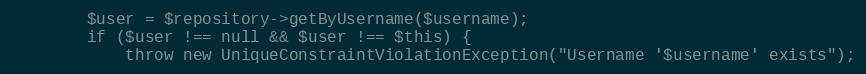
Language: PHP
		$user = $repository->getByUsername($username);
		if ($user !== null && $user !== $this) {
			throw new UniqueConstraintViolationException("Username '$username' exists");